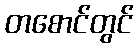
တစောင်တွင်